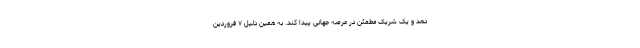
دهد و یک شریک مطمئن در عرصه جهانی پیدا کند. به همین دلیل ۷ فروردین